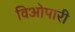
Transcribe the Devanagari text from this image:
विओपारी